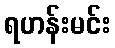
ရဟန်းမင်း